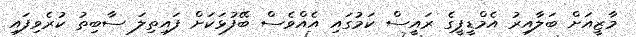
މާޒީއަށް ބަލާއިރު އެމްޑީޕީގެ ރައީސް ކަމުގައި އެއްވެސް ބޭފުޅަކަށް ފައިތިލަ ސާބިތު ކުރެވިފައި